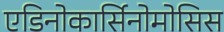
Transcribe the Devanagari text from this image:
एडिनोकार्सिनोमोसिस